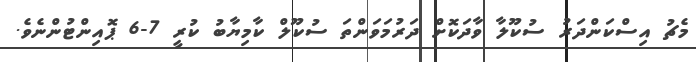
މެޗު އިސްކަންދަރު ސުކޫލާ ވާދަކޮށް ދަރުމަވަންތަ ސުކޫލް ކާމިޔާބު ކުރީ 7-6 ޕޮއިންޓުންނެވެ.